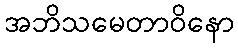
အဘိသမေတာဝိနော